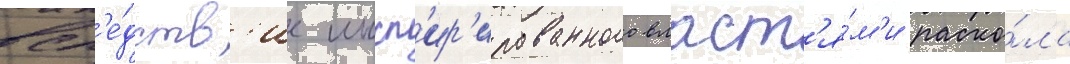
всл'е́дств'ие инсп'ир'ированного власт'я́м'и раско́ла